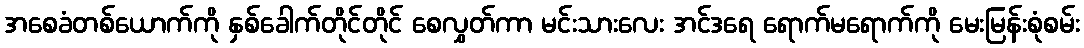
အစေခံတစ်ယောက်ကို နှစ်ခေါက်တိုင်တိုင် စေလွှတ်ကာ မင်းသားလေး အင်ဒရေ ရောက်မရောက်ကို မေးမြန်းစုံစမ်း